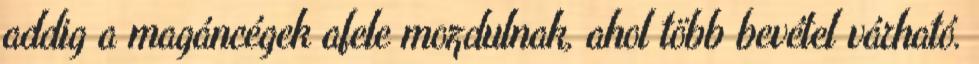
addig a magáncégek afele mozdulnak, ahol több bevétel várható.